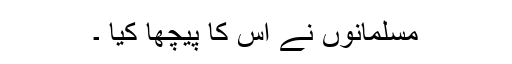
مسلمانوں نے اس کا پیچھا کیا ۔